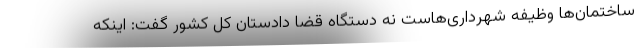
ساختمان‌ها وظیفه شهرداری‌هاست نه دستگاه قضا دادستان کل کشور گفت: اینکه